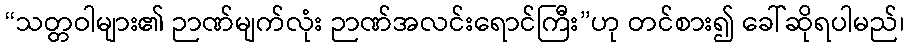
“သတ္တဝါများ၏ ဉာဏ်မျက်လုံး ဉာဏ်အလင်းရောင်ကြီး”ဟု တင်စား၍ ခေါ်ဆိုရပါမည်၊